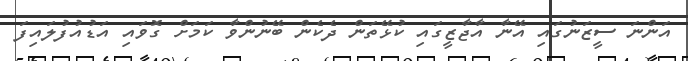
އަންނަ ސީޒަނުގައި އޭނާ އާޖާޒީގައި ކުޅޭތަން ދެކެން ބޭނުންވާ ކަމަށް ގޮވައި އަޑުއުފުލައިފަ